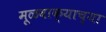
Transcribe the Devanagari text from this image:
मूळवाक्याच्या